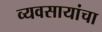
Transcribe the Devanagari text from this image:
व्यवसायांचा